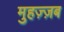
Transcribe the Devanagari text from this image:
मुहज़्ज़ब